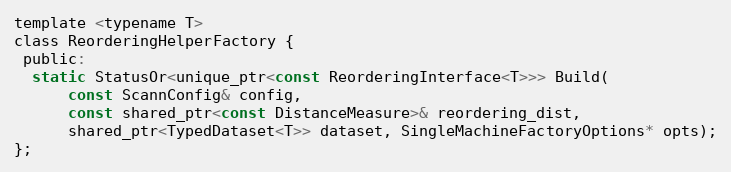
Language: C
template <typename T>
class ReorderingHelperFactory {
 public:
  static StatusOr<unique_ptr<const ReorderingInterface<T>>> Build(
      const ScannConfig& config,
      const shared_ptr<const DistanceMeasure>& reordering_dist,
      shared_ptr<TypedDataset<T>> dataset, SingleMachineFactoryOptions* opts);
};